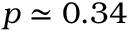
p \simeq 0 . 3 4